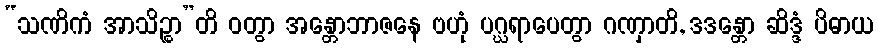
“သဏိကံ အာသိဉ္စာ”တိ ဝတွာ အန္တောဘာဇနေ ဗဟုံ ပဂ္ဃရာပေတွာ ဂဏှာတိ, ဒဒန္တော ဆိဒ္ဒံ ပိဓာယ